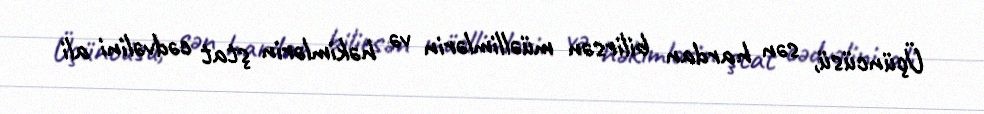
Üçüncüsü, sən hardan bilirsən müəllimlərin və həkimlərin ştat cədvəlini ali